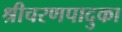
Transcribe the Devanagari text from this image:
श्रीचरणपादुका